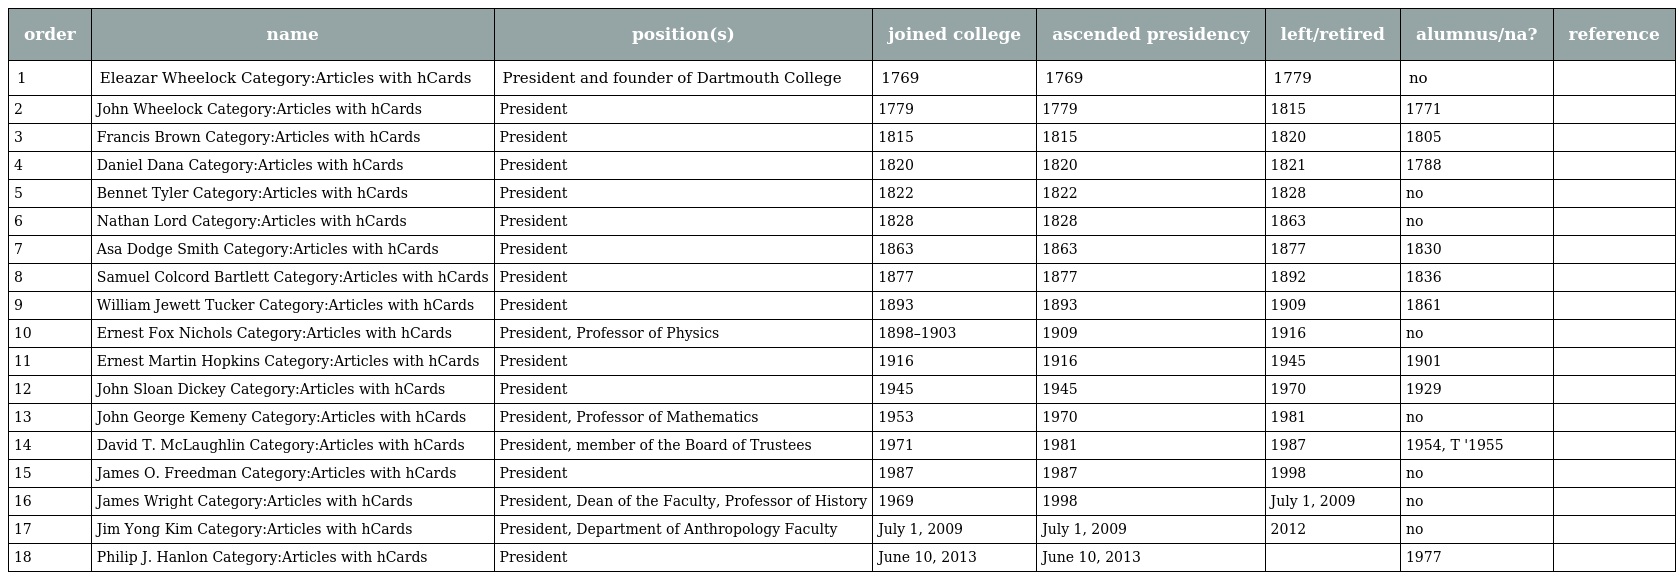
| order | name | position(s) | joined college | ascended presidency | left/retired | alumnus/na? | reference |
 | --- | --- | --- | --- | --- | --- | --- | --- |
 | 1 | Eleazar Wheelock Category:Articles with hCards | President and founder of Dartmouth College | 1769 | 1769 | 1779 | no |  |
 | 2 | John Wheelock Category:Articles with hCards | President | 1779 | 1779 | 1815 | 1771 |  |
 | 3 | Francis Brown Category:Articles with hCards | President | 1815 | 1815 | 1820 | 1805 |  |
 | 4 | Daniel Dana Category:Articles with hCards | President | 1820 | 1820 | 1821 | 1788 |  |
 | 5 | Bennet Tyler Category:Articles with hCards | President | 1822 | 1822 | 1828 | no |  |
 | 6 | Nathan Lord Category:Articles with hCards | President | 1828 | 1828 | 1863 | no |  |
 | 7 | Asa Dodge Smith Category:Articles with hCards | President | 1863 | 1863 | 1877 | 1830 |  |
 | 8 | Samuel Colcord Bartlett Category:Articles with hCards | President | 1877 | 1877 | 1892 | 1836 |  |
 | 9 | William Jewett Tucker Category:Articles with hCards | President | 1893 | 1893 | 1909 | 1861 |  |
 | 10 | Ernest Fox Nichols Category:Articles with hCards | President, Professor of Physics | 1898–1903 | 1909 | 1916 | no |  |
 | 11 | Ernest Martin Hopkins Category:Articles with hCards | President | 1916 | 1916 | 1945 | 1901 |  |
 | 12 | John Sloan Dickey Category:Articles with hCards | President | 1945 | 1945 | 1970 | 1929 |  |
 | 13 | John George Kemeny Category:Articles with hCards | President, Professor of Mathematics | 1953 | 1970 | 1981 | no |  |
 | 14 | David T. McLaughlin Category:Articles with hCards | President, member of the Board of Trustees | 1971 | 1981 | 1987 | 1954, T '1955 |  |
 | 15 | James O. Freedman Category:Articles with hCards | President | 1987 | 1987 | 1998 | no |  |
 | 16 | James Wright Category:Articles with hCards | President, Dean of the Faculty, Professor of History | 1969 | 1998 | July 1, 2009 | no |  |
 | 17 | Jim Yong Kim Category:Articles with hCards | President, Department of Anthropology Faculty | July 1, 2009 | July 1, 2009 | 2012 | no |  |
 | 18 | Philip J. Hanlon Category:Articles with hCards | President | June 10, 2013 | June 10, 2013 |  | 1977 |  |